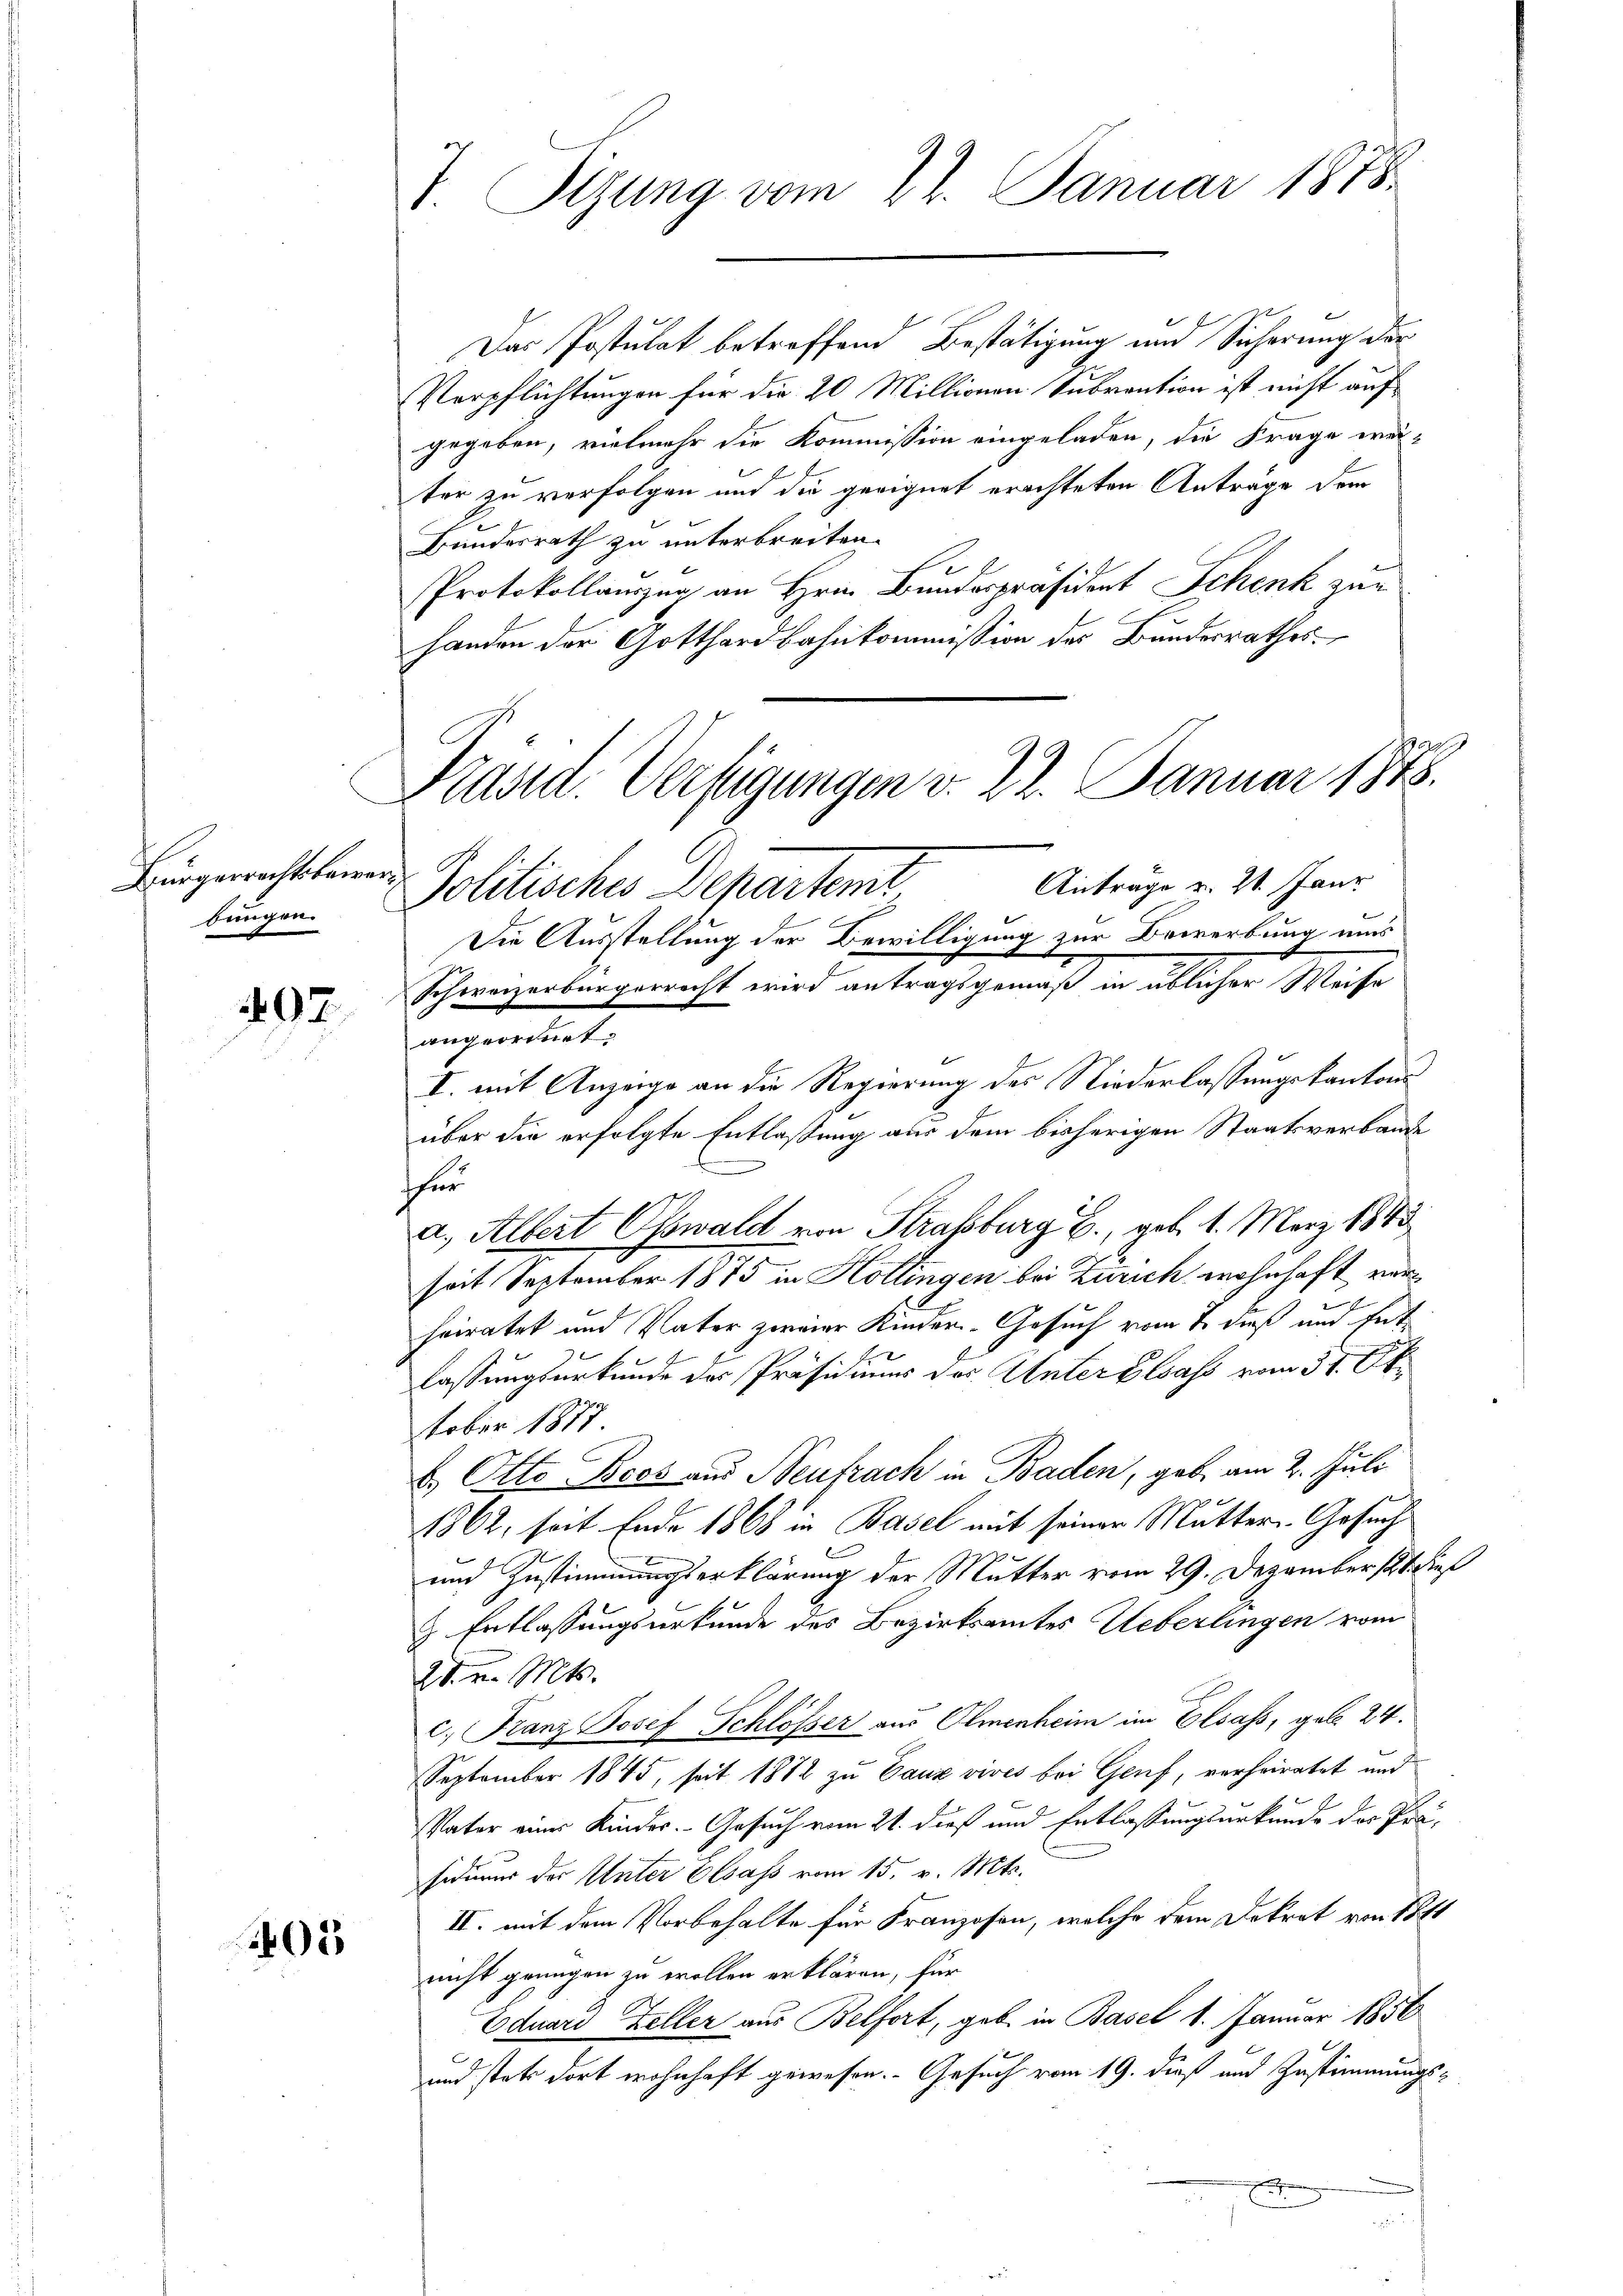
Bürgerrechtsbewerbungen.

497

03

Das Postulat betreffend Bestätigung und Sicherung der
Verpflichtungen für die 20 Millionen Subvention ist nicht auf
gegeben, vielmehr die Kommission eingeladen, die Frage weiter zu verfolgen und die geeignet erachteten Anträge dem
Bundesrath zu unterbreiten.
Protokollauszug an Hrn. Bundespräsident Schenk zur
handen der Gotthardbahnkommission des Bundesrathes

T. Sizung vom 27. Januar 1878

Präsid. Verfügungen v. 22. Januar 1848.
Antrage v. 21. Janr
Politisches Departemt
Die Ausstellung der Bewilligung zur Bewerbung uns
Schweizerbürgerrecht wird antragsgemäß in üblicher Weise

angeordnet.
I. mit Anzeige an die Regierung des Niederlassungskantonsüber die erfolgte Entlaßung aus dem bisherigen Staatsverbande
fer
a. Albert Obwald von Strassburg E., geb. 1. März 1883
seit September 1875 in Hollingen bei Zürich wohnhaft verheiratet und Vater zweier Kinder-Gesuch vom 7. dieß und Entlassungsurkunde der Präsidium der Unter Elsass vom 31. Ok
tober 1877
b. Otto Beck aus Neufrach in Baden, gab am 2. Juli
1862, seit Ende 1868 in Basel mit seiner Mutter-Gesuch
und Zustimmungserklärung der Mutter vom 29. Dezember 188 dies
& Entlassungsurkunde des Bezirksamtes Ueberlingen vom
28. v. Mts.
c. Franz Josef Schlösser aus Olmenheim im Elsass, geb. 24.
September 1845, seit 1872 zu Tanz vives bei Genf, verheiratet und
Vater eines Kinder. Gesuch vom 21. dieß und Entlassungsurkunde der Präsiduums der Unter Elsass vom 15. v. Mts.
II. mit dem Vorbehalte für Franzosen, welche dem Dekret von 1811
nicht genügen zu wollen erklären, für
Eduard Zeller aus Belfort, geb. in Basel 1. Januar 1856
und stets dort wohnhaft gewesen. Gesuch vom 19. dieß und Zustimmungs¬
E